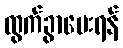
ထွက်ခွာပေးရန်